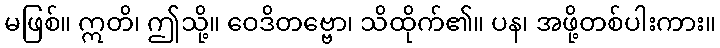
မဖြစ်။ ဣတိ၊ ဤသို့။ ဝေဒိတဗ္ဗော၊ သိထိုက်၏။ ပန၊ အဖို့တစ်ပါးကား။